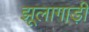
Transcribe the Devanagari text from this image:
झूलागाड़ी